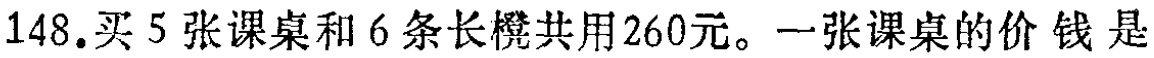
148.买5张课桌和6条长凳共用260元。一张课桌的价钱是